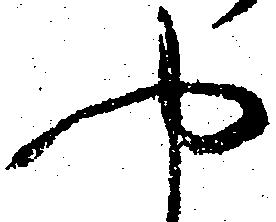
や